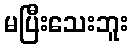
မပြီးသေးဘူး